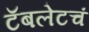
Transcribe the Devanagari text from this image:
टॅबलेटचं